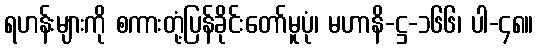
ရဟန်းများကို စကားတုံ့ပြန်ခိုင်းတော်မူပုံ၊ မဟာနိ-ဋ္ဌ-၁၆၆၊ ပါ-၄၈။